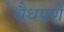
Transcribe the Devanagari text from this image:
वैधपणे